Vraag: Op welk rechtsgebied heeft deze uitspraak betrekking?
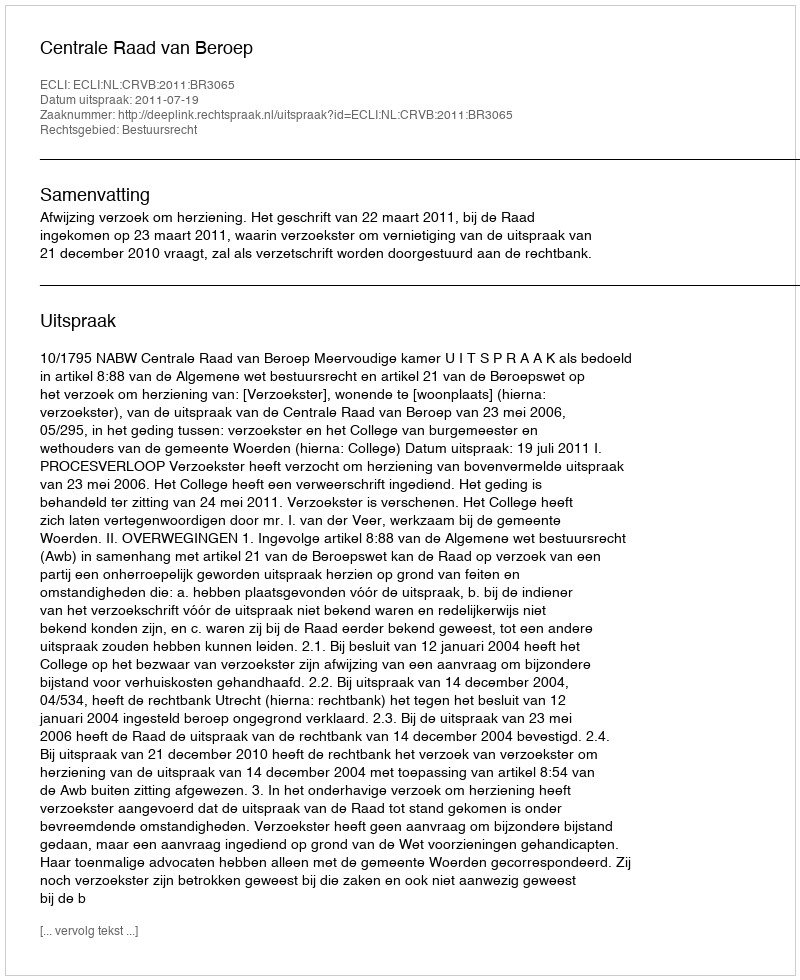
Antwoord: Bestuursrecht